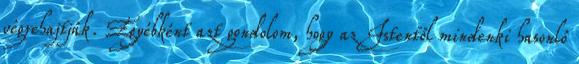
végrehajtják. Egyébként azt gondolom, hogy az Istentől mindenki hasonló